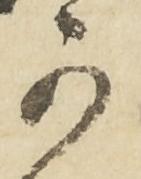
可